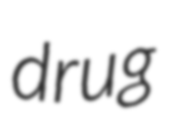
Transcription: drug